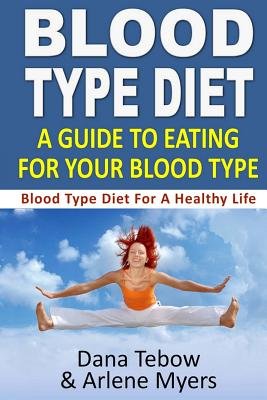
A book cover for Blood Type Diet( A Guide to Eating for Your Blood Type( Blood Type Diet for a Healthy Life)[BLOOD TYPE DIET][Paperback]; DanaTebow; Health, Fitness & Dieting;